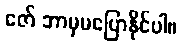
ဇော် ဘာမှမပြောနိုင်ပါ။